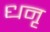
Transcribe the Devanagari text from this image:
धनृ